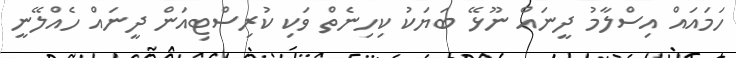
ހަމައައް އިސްލާމު ދީނައް ނޫޅޭ ބަޔަކު ކިހިނެތް ވަކި ކުރިސްޓިއަން ދީނައް ހެއްލޭނީ